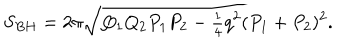
S _ { B H } = 2 \pi \sqrt { Q _ { 1 } Q _ { 2 } P _ { 1 } P _ { 2 } - { \textstyle { \frac { 1 } { 4 } } } q ^ { 2 } ( P _ { 1 } + P _ { 2 } ) ^ { 2 } } .